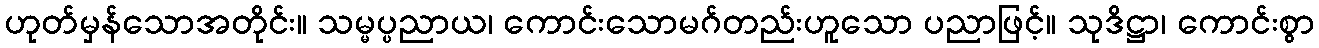
ဟုတ်မှန်သောအတိုင်း။ သမ္မပ္ပညာယ၊ ကောင်းသောမဂ်တည်းဟူသော ပညာဖြင့်။ သုဒိဋ္ဌာ၊ ကောင်းစွာ